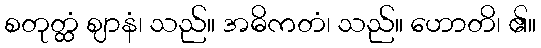
စတုတ္ထံ ဈာနံ၊ သည်။ အဓိကတံ၊ သည်။ ဟောတိ၊ ၏။